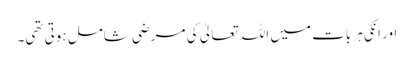
اور انکی ہر بات میں اللہ تعالیٰ کی مرضی شامل ہوتی تھی۔